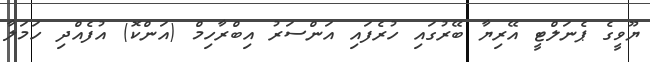
ޔޫވީގެ ޕެނަލްޓީ އޭރިޔާ ބޭރުގައި ހުރެފައި އަންސަރު އިބްރާހިމް (އަންކޮ) އުފެއްދި ހަމަލާ